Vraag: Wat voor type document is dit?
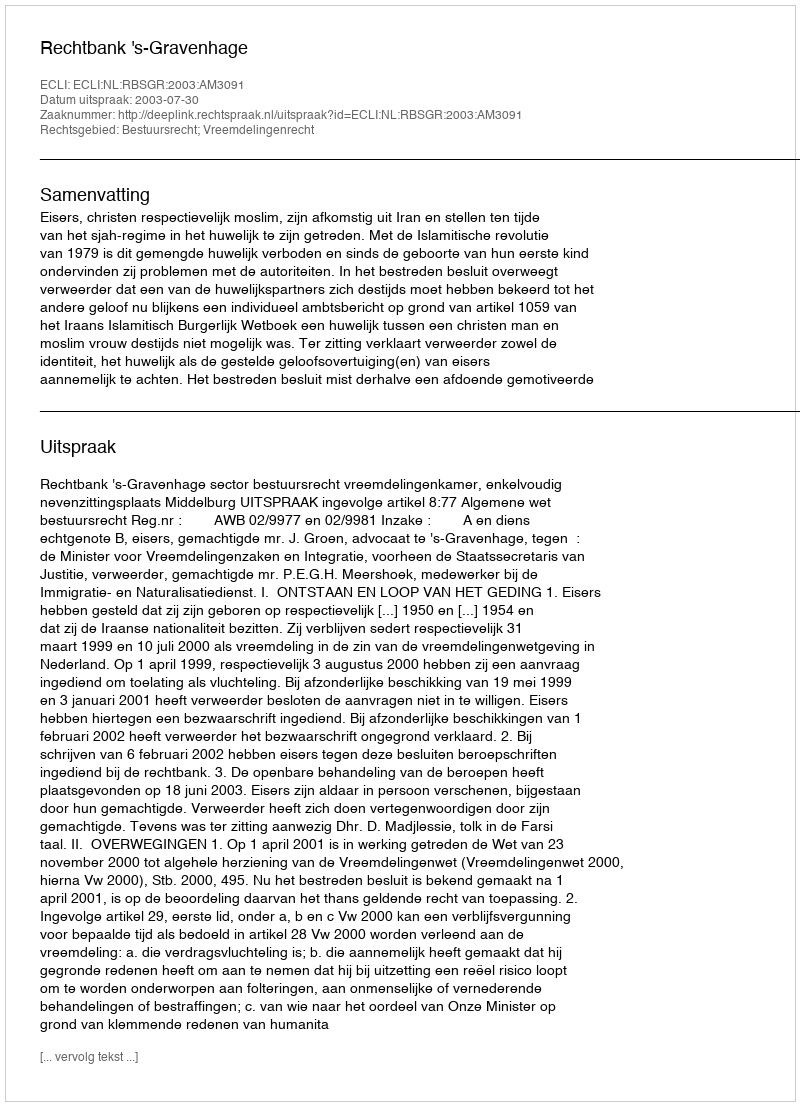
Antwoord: Uitspraak